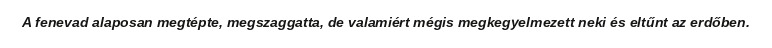
A fenevad alaposan megtépte, megszaggatta, de valamiért mégis megkegyelmezett neki és eltűnt az erdőben.